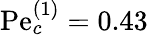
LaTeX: \mathrm{Pe}_{c}^{(1)}=0.43